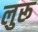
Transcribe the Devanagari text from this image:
लुरू